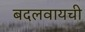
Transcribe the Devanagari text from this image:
बदलवायची